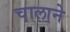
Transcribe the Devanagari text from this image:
चालाने